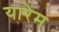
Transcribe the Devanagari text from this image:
यारेम